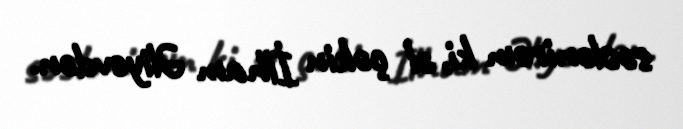
səslənirəm ki, əl çəkin İlham Əliyevdən.